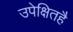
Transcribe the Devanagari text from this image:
उपेक्षितहै